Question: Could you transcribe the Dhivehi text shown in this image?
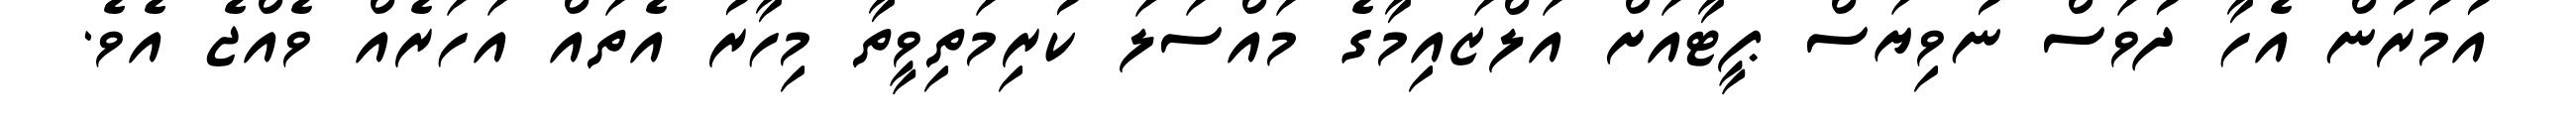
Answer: އުމުރުން އެހާ ދުވަސް ނުވިޔަސް ޕީޓާއަށް އަލްޒައިމާގެ މައްސަލަ ކުރިމަތިވީތާ މިހާރު އެތައް އަހަރެއް ވެއްޖެ އެވެ.